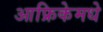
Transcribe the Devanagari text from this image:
आफ्रिकेमधे